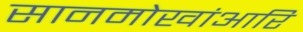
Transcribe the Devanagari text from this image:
सानमोखांआरि